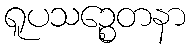
ရူပသဉ္စေတနာ